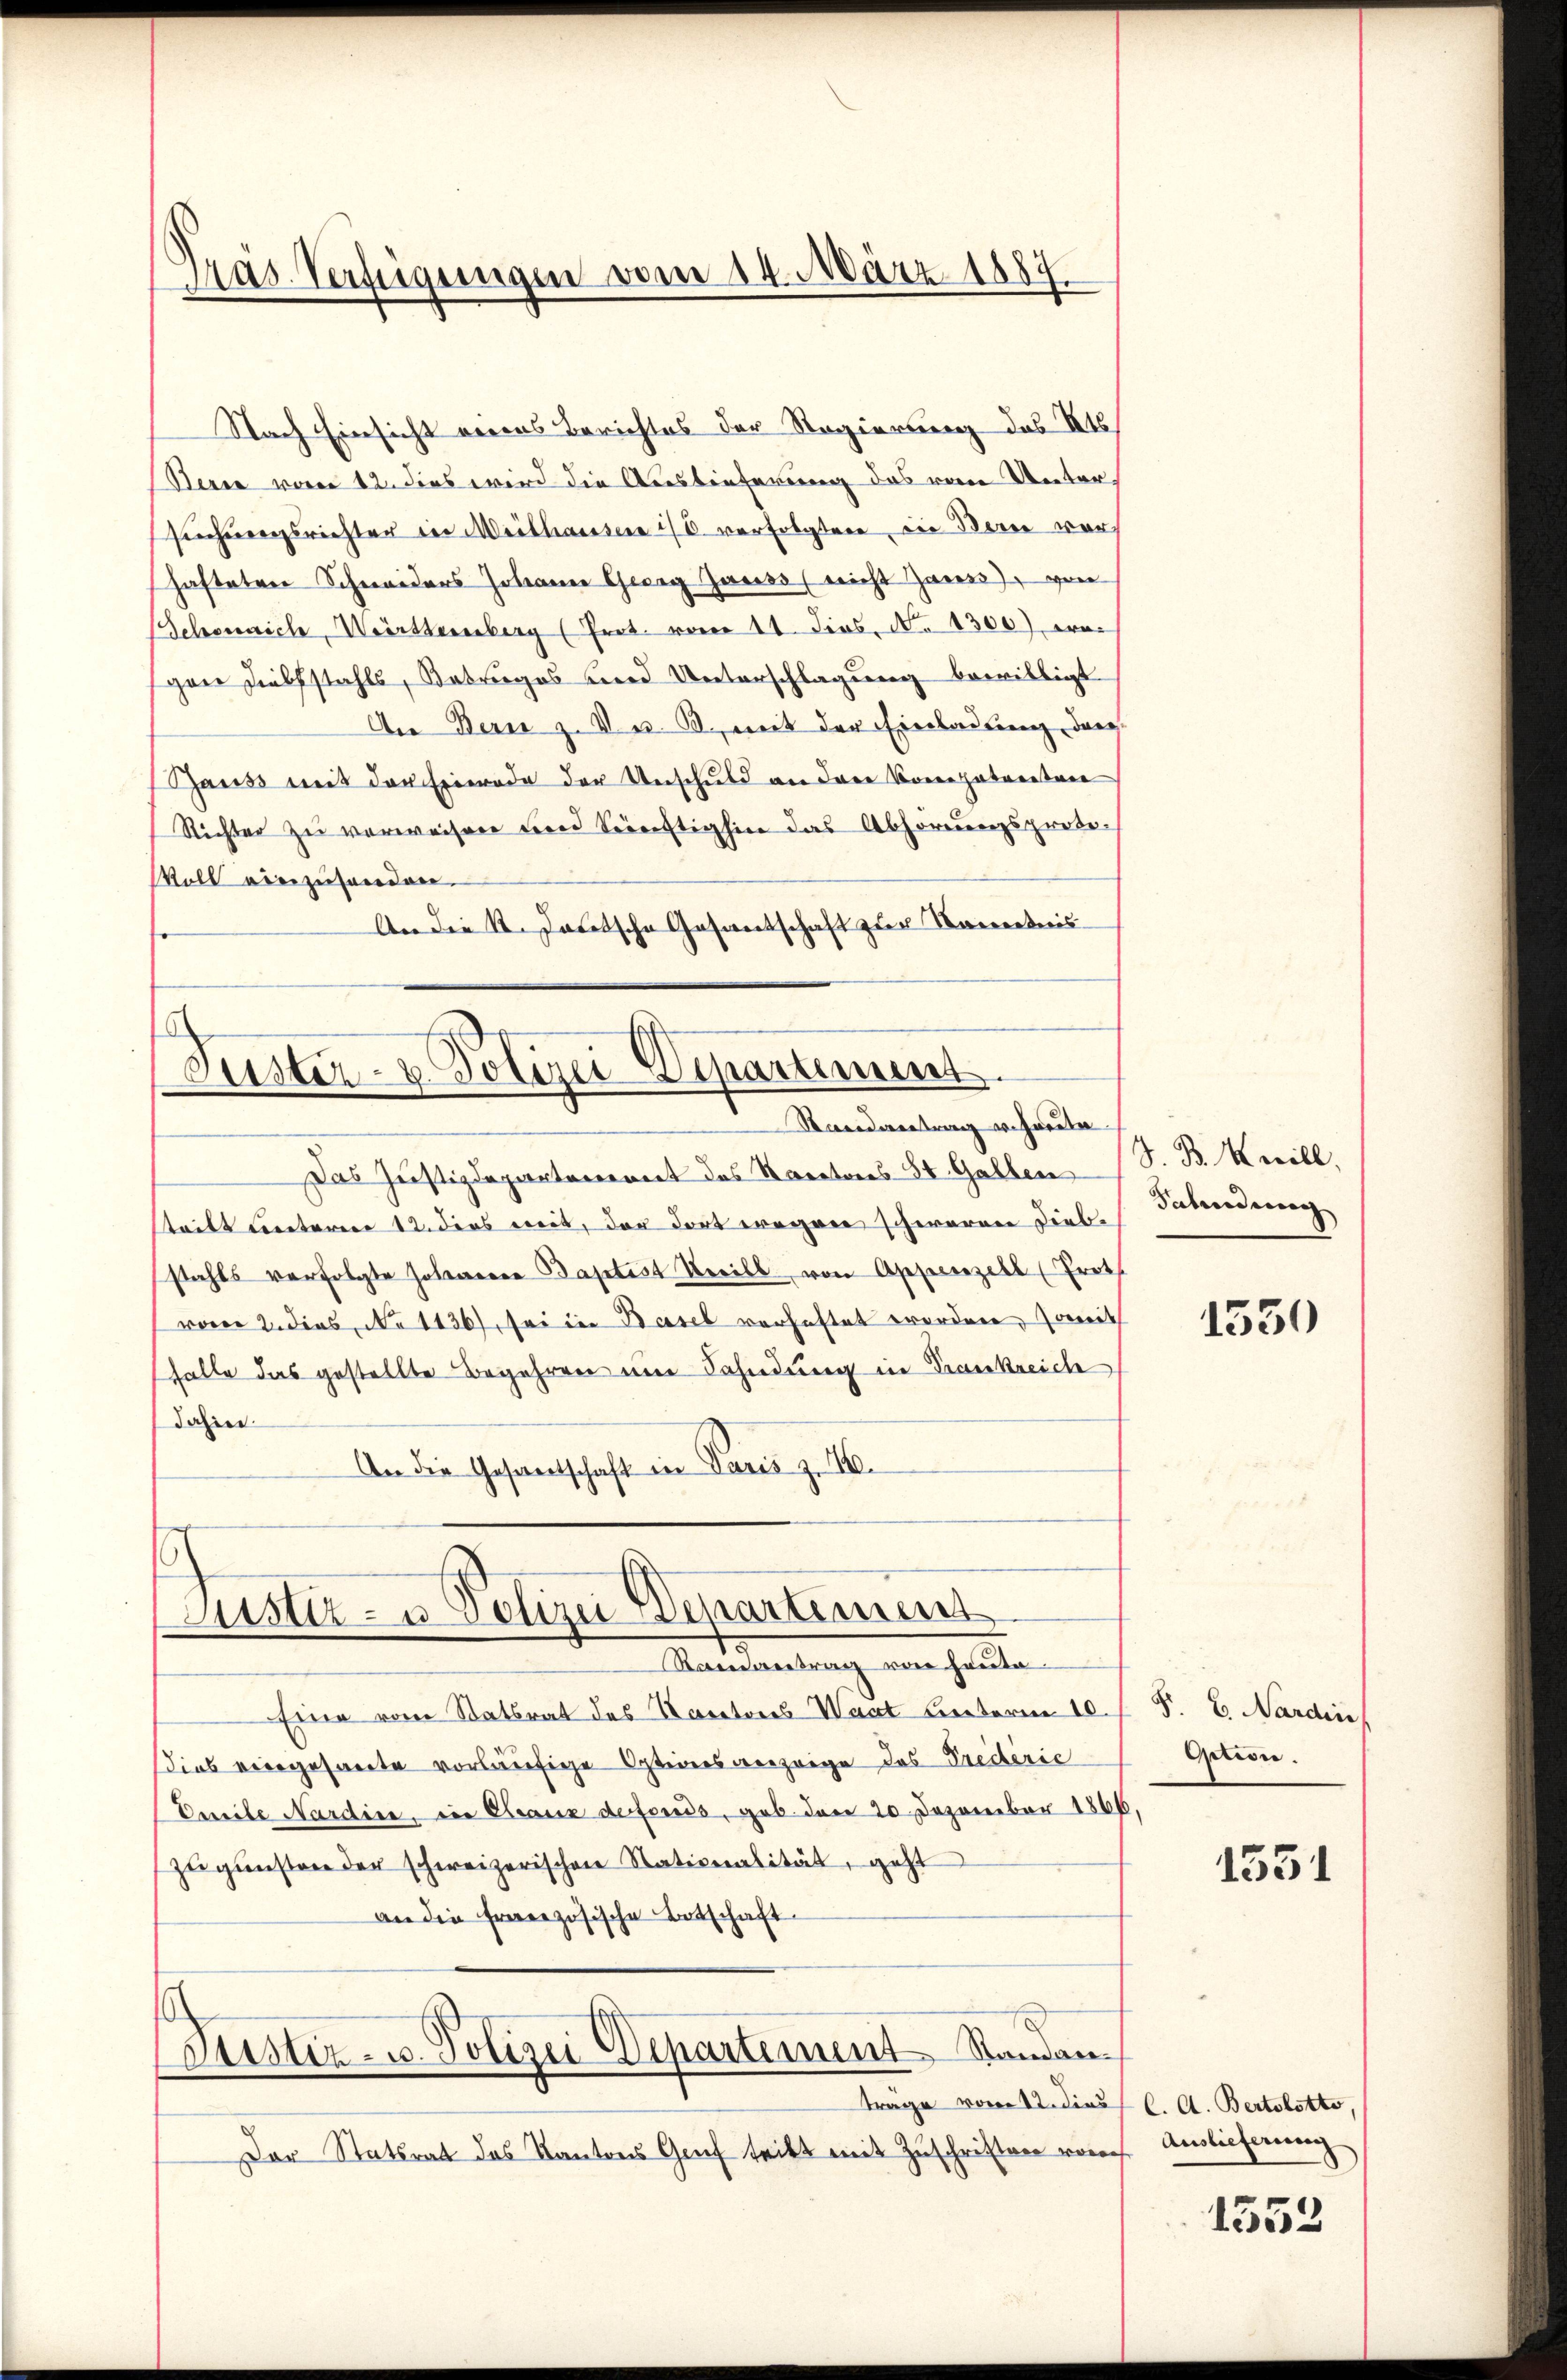
Nach Einsicht eines Berichtes der Regierung des Kts.
Serie vom 12. dies wird die Auslieferung das vom Untersuchungsrichter in Mithausen u. verfolgter die Berei vor
schafteten Schneiders Johanne Georg Gauss (nicht Jann), von
Schönnich, Württemberg (Prot. vom 11. dies, No 1300), we
pere Diebstahls, Betruges und Unterschlagung bewilligt
An Bern z. Ver. B., mit der Einladung dar¬
Gauss mit der Emerade der Unschuld an dere Vorepatreiten
Richter zu verweisen und Senftighin das Abhörungsprote¬
Woll einzusenden.
An die K. Jacotsche Gasantschaft zur Kenntnis

Pras. Verfügungen vom 14. März 1887

Puster- u. Polizei Departement.
Randvertrag u. heute

Das Justizdepartenannt des Sanatores St. Gallen
teilt weiteren 12. dies weit, der dort wegen schweren Diebstahls verfolgte Johannen Baptist Streibt von Asserenzell (Prot
vom 2. dies, No 1136), sei in Basel verhaftet worden, somit
halte das gestellte Begehren um Fahndung in Krankreich
Jahier
An die Gesandtschaft in Paris zu 10.

Justiz- u. Polizei Departement

Revertrag von heute.
Eine vom Staatsrat des Kantores Wart Leiterm 10.
dies viergesante vorläufige Optiones anzeige das Prederic
Emeile Nardine, die Cleaux defonds, geb. den 20 Dezember 1866,
zŭgŭnsten der schweizerischen Nationalität, geht
an die französische Botschaft
Justiz- u. Polizei Departement Standantrage vom 12. dicus l. A. Bertobotto,
Der Statsrat das Kantons Gruf tritt mit Zuschriften vorh

J. B. will,
Fahndung

1550

F. C. Nardin
Oction.

1551

Auslieferung

1552